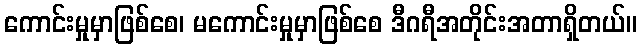
ကောင်းမှုမှာဖြစ်စေ၊ မကောင်းမှုမှာဖြစ်စေ ဒီဂရီအတိုင်းအတာရှိတယ်။